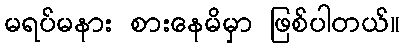
မရပ်မနား စားနေမိမှာ ဖြစ်ပါတယ်။